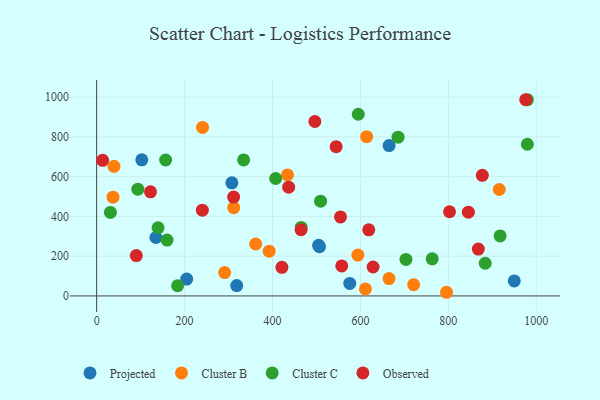
{"axis": {"x": "Ad Spend", "y": "Fuel Efficiency"}, "legend": ["Cluster B", "Cluster C", "Observed", "Projected"], "data": [{"x": "204.8", "y": 84.9, "type": "Projected"}, {"x": "949.9", "y": 75.7, "type": "Projected"}, {"x": "102.7", "y": 684.7, "type": "Projected"}, {"x": "134.8", "y": 294.0, "type": "Projected"}, {"x": "665.2", "y": 756.4, "type": "Projected"}, {"x": "307.6", "y": 569.0, "type": "Projected"}, {"x": "504.9", "y": 254.6, "type": "Projected"}, {"x": "506.9", "y": 248.0, "type": "Projected"}, {"x": "318.6", "y": 52.3, "type": "Projected"}, {"x": "575.7", "y": 63.0, "type": "Projected"}, {"x": "915.7", "y": 535.5, "type": "Cluster B"}, {"x": "665.0", "y": 87.1, "type": "Cluster B"}, {"x": "311.8", "y": 443.8, "type": "Cluster B"}, {"x": "39.4", "y": 652.0, "type": "Cluster B"}, {"x": "392.4", "y": 225.2, "type": "Cluster B"}, {"x": "240.9", "y": 847.7, "type": "Cluster B"}, {"x": "614.1", "y": 801.0, "type": "Cluster B"}, {"x": "37.2", "y": 496.6, "type": "Cluster B"}, {"x": "611.4", "y": 35.3, "type": "Cluster B"}, {"x": "594.2", "y": 205.7, "type": "Cluster B"}, {"x": "795.8", "y": 18.4, "type": "Cluster B"}, {"x": "721.0", "y": 56.6, "type": "Cluster B"}, {"x": "291.1", "y": 117.3, "type": "Cluster B"}, {"x": "361.6", "y": 261.2, "type": "Cluster B"}, {"x": "434.1", "y": 608.5, "type": "Cluster B"}, {"x": "883.8", "y": 164.4, "type": "Cluster C"}, {"x": "763.3", "y": 186.9, "type": "Cluster C"}, {"x": "334.3", "y": 684.4, "type": "Cluster C"}, {"x": "509.3", "y": 476.5, "type": "Cluster C"}, {"x": "979.7", "y": 987.0, "type": "Cluster C"}, {"x": "917.7", "y": 301.8, "type": "Cluster C"}, {"x": "595.1", "y": 913.9, "type": "Cluster C"}, {"x": "407.2", "y": 590.7, "type": "Cluster C"}, {"x": "160.1", "y": 281.2, "type": "Cluster C"}, {"x": "465.3", "y": 344.4, "type": "Cluster C"}, {"x": "979.7", "y": 762.9, "type": "Cluster C"}, {"x": "685.6", "y": 798.6, "type": "Cluster C"}, {"x": "703.5", "y": 183.8, "type": "Cluster C"}, {"x": "139.6", "y": 343.0, "type": "Cluster C"}, {"x": "184.1", "y": 51.2, "type": "Cluster C"}, {"x": "93.7", "y": 537.2, "type": "Cluster C"}, {"x": "31.3", "y": 420.1, "type": "Cluster C"}, {"x": "156.9", "y": 683.9, "type": "Cluster C"}, {"x": "544.7", "y": 750.6, "type": "Observed"}, {"x": "311.5", "y": 497.1, "type": "Observed"}, {"x": "845.5", "y": 421.4, "type": "Observed"}, {"x": "618.9", "y": 332.6, "type": "Observed"}, {"x": "122.5", "y": 523.7, "type": "Observed"}, {"x": "13.6", "y": 682.4, "type": "Observed"}, {"x": "802.6", "y": 423.4, "type": "Observed"}, {"x": "554.7", "y": 397.3, "type": "Observed"}, {"x": "557.5", "y": 151.0, "type": "Observed"}, {"x": "877.2", "y": 606.8, "type": "Observed"}, {"x": "496.3", "y": 877.4, "type": "Observed"}, {"x": "465.0", "y": 333.0, "type": "Observed"}, {"x": "976.0", "y": 987.0, "type": "Observed"}, {"x": "436.7", "y": 547.0, "type": "Observed"}, {"x": "90.2", "y": 203.2, "type": "Observed"}, {"x": "421.4", "y": 143.9, "type": "Observed"}, {"x": "628.8", "y": 145.6, "type": "Observed"}, {"x": "240.4", "y": 431.4, "type": "Observed"}, {"x": "868.1", "y": 235.6, "type": "Observed"}]}